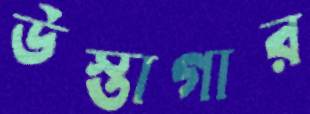
উস্তাগার